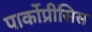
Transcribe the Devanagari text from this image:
पार्कोप्रीसिस